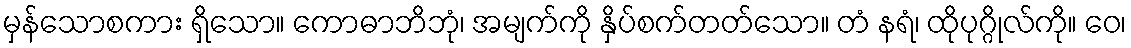
မှန်သောစကား ရှိသော။ ကောဓာဘိဘုံ၊ အမျက်ကို နှိပ်စက်တတ်သော။ တံ နရံ၊ ထိုပုဂ္ဂိုလ်ကို။ ဝေ၊